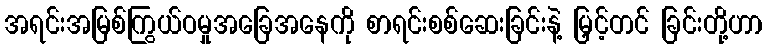
အရင်းအမြစ်ကြွယ်ဝမှုအခြေအနေကို စာရင်းစစ်ဆေးခြင်းနဲ့ မြှင့်တင် ခြင်းတို့ဟာ